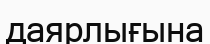
даярлығына